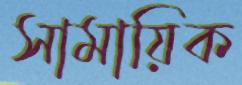
সামায়িক